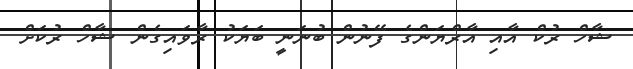
ޝާހް ރުކް އާއި އާރްޔަންގެ ފޭނުން ބުނަނީ ބަޔަކު ރާވައިގެން ޝާހް ރުކަށް